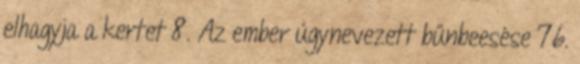
elhagyja a kertet 8. Az ember úgynevezett bűnbeesése 76.